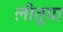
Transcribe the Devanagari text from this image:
लीतुया